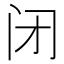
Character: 闭